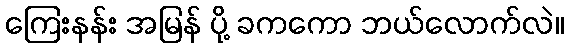
ကြေးနန်း အမြန် ပို့ ခကကော ဘယ်လောက်လဲ။